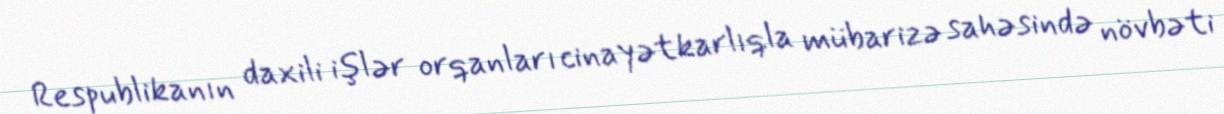
Respublikanın daxili işlər orqanları cinayətkarlıqla mübarizə sahəsində növbəti